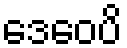
ဒေဝေပိ